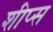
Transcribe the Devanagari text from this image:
शीप्स